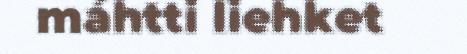
máhtti liehket